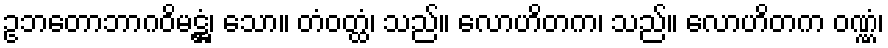
ဥဘတောဘာဂဝိမဋ္ဌံ၊ သော။ တံဝတ္ထံ၊ သည်။ လောဟိတက၊ သည်။ လောဟိတက ဝဏ္ဏံ၊